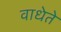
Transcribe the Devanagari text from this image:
वाधेते